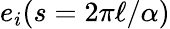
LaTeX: e_{i}(s=2\pi\ell/\alpha)